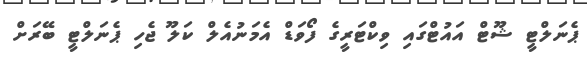
ޕެނަލްޓީ ޝޫޓް އައުޓްގައި ވިކްޓަރީގެ ފޯވަޑް އެމަނުއެލް ކަލޫ ޖެހި ޕެނަލްޓީ ބޭރަށް